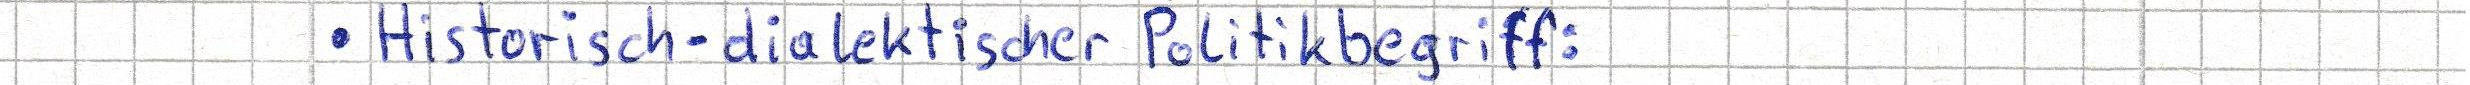
Historisch-dialektischer Politkbegriff: